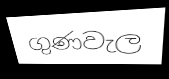
ගුණවැල